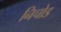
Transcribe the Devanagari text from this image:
निचोड